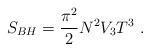
LaTeX: \begin{align*}S_{BH}= {\pi^2\over 2} N^2 V_3 T^3 \ .\end{align*}